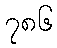
၇၈၆